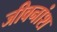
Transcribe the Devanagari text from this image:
जीवनांश